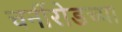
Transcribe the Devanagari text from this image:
चर्नीरोडच्या